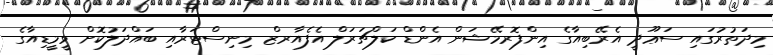
މިދަތުރުގައި ސަޢޫދީ އެރޭބިއާގެ އިންފޮރމޭޝަން އެންޑް ކަލްޗަރަލް އެފެއާރޒް މިނިސްޓަރާއި ބައްދަލުކޮށް ވީމީޑިއާގެ